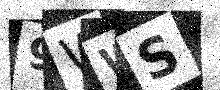
Text: 9WWS